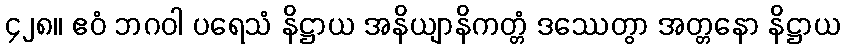
၄၂၈။ ဧဝံ ဘဂဝါ ပရေသံ နိဋ္ဌာယ အနိယျာနိကတ္တံ ဒဿေတွာ အတ္တနော နိဋ္ဌာယ